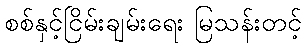
စစ်နှင့်ငြိမ်းချမ်းရေး မြသန်းတင့်